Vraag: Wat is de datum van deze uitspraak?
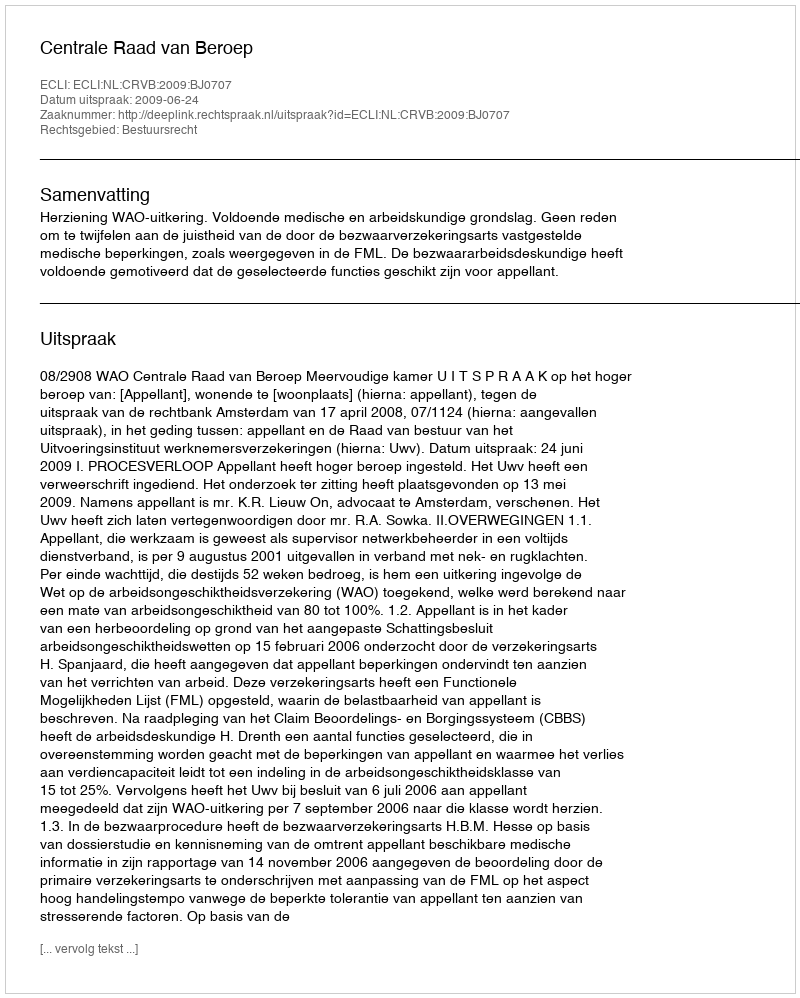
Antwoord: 2009-06-24